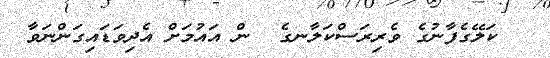
ކަލޭގެފާނުގެ ވެރިރަސްކަލާނގެ  ން އައުމަށް އެދިވަޑައިގަންނަވާ